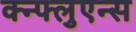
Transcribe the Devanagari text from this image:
क्न्फ्लुएन्स